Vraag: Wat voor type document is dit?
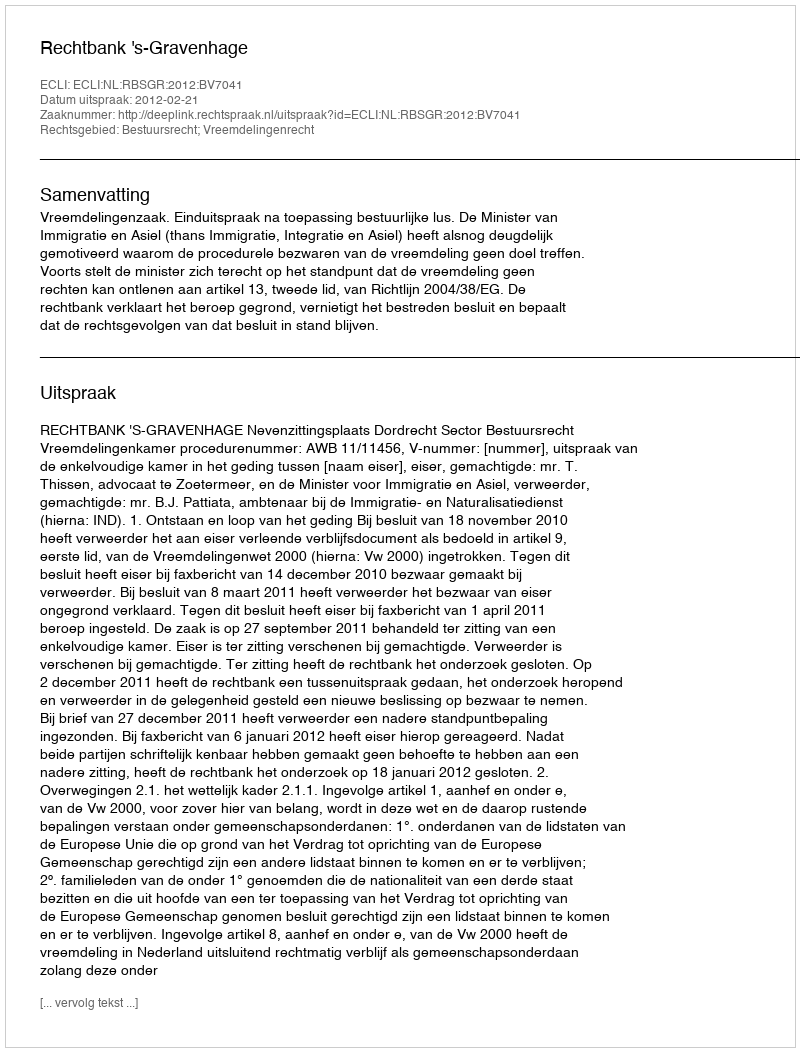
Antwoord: Uitspraak